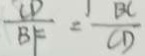
\frac { C D } { B F } = \frac { B C } { C D }